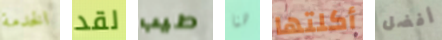
الخدمة لقد طيب هنا أكلتها أفضل